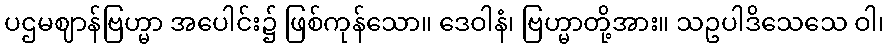
ပဌမဈာန်ဗြဟ္မာ အပေါင်း၌ ဖြစ်ကုန်သော။ ဒေဝါနံ၊ ဗြဟ္မာတို့အား။ သဥပါဒိသေသေ ဝါ၊